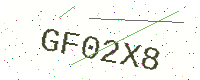
Text: GF02X8